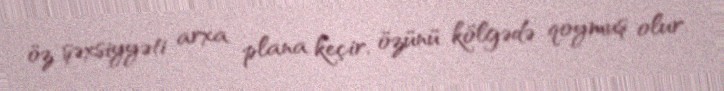
öz şəxsiyyəti arxa plana keçir, özünü kölgədə qoymuş olur.